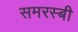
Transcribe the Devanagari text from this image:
समरस्बी